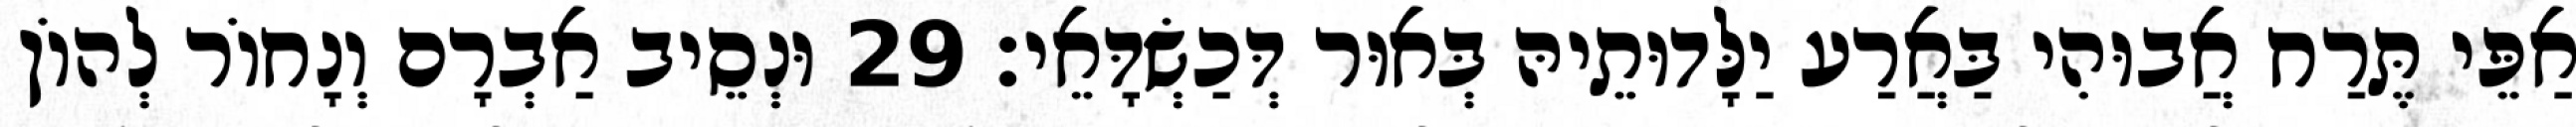
אַפֵּי תֶּרַח אֲבוּהִי בַּאֲרַע יַלָּדוּתֵיהּ בְּאוּר דְּכַשְׂדָּאֵי׃ 29 וּנְסֵיב אַבְרָם וְנָחוֹר לְהוֹן